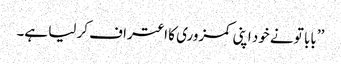
’’بابا تو نے خود اپنی کمزوری کا اعتراف کر لیا ہے۔